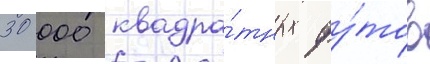
30 000 квадра́тных фу́тов